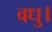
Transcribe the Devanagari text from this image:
वधु।